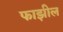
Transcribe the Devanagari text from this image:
फाझील